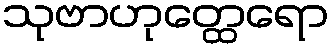
သုဗာဟုတ္ထေရော